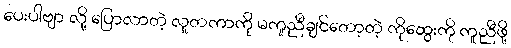
ပေးပါဗျာ လို့ ပြောလာတဲ့ လူတကာကို မကူညီချင်တော့တဲ့ ကိုထွေးကို ကူညီဖို့